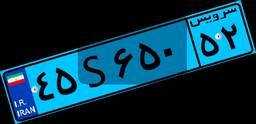
۴۵S۶۵۰۵۲